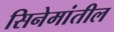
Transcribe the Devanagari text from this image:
सिनेमांतील